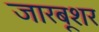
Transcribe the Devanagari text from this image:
जारबूशर